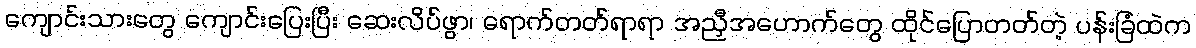
ကျောင်းသားတွေ ကျောင်းပြေးပြီး ဆေးလိပ်ဖွာ၊ ရောက်တတ်ရာရာ အညှီအဟောက်တွေ ထိုင်ပြောတတ်တဲ့ ပန်းခြံထဲက